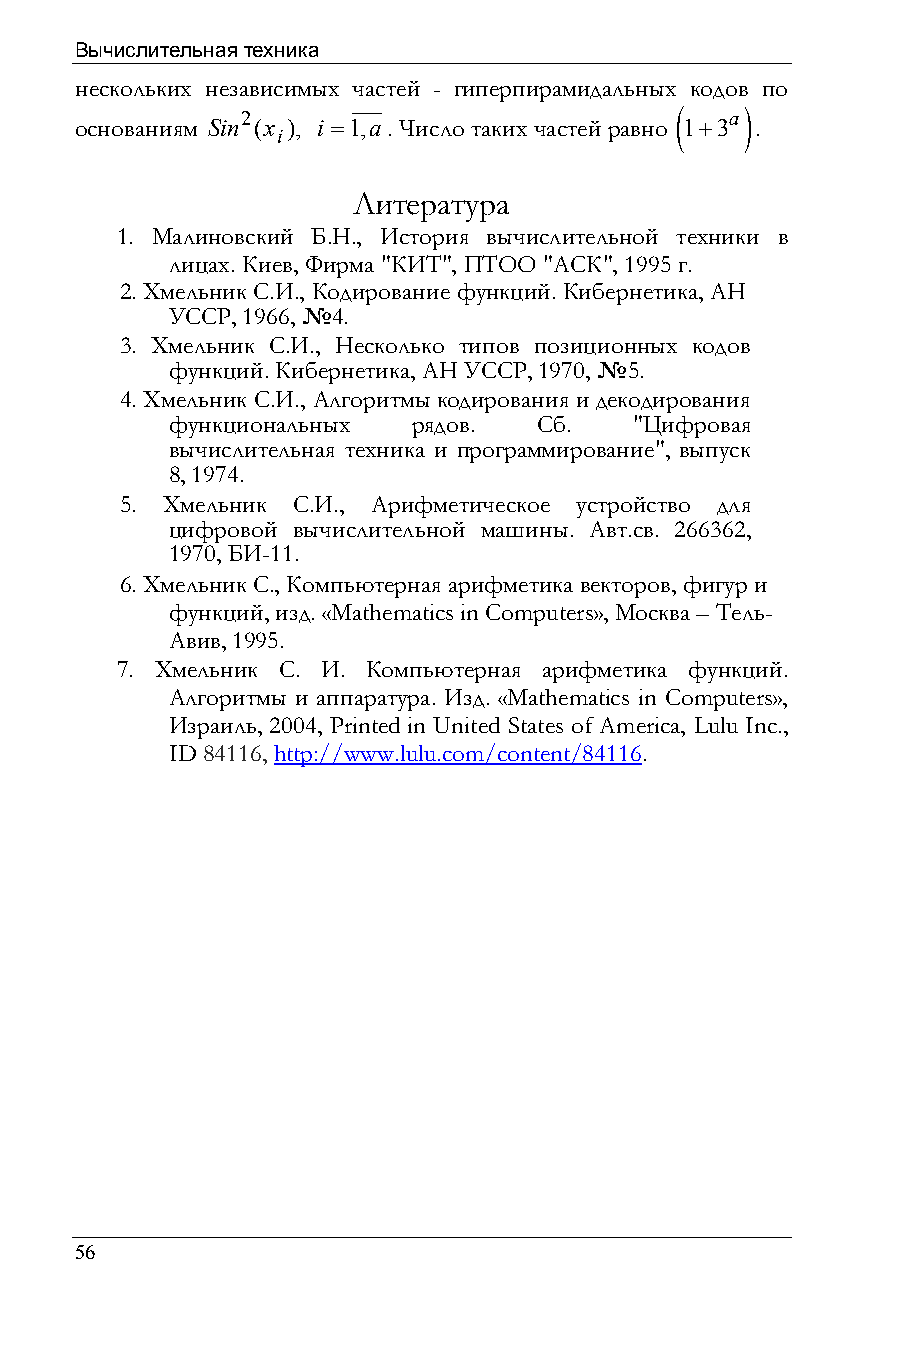
Вычислительная техника
 нескольких независимых частей - гиперпирамидальных кодов по
 (   )
 2                               a
 основаниям Sin (x ), i =1,a. Число таких частей равно 1+3 .
 i
 Литература
 1. Малиновский Б.Н., История вычислительной техники в
 лицах. Киев, Фирма "КИТ", ПТОО "АСК", 1995 г.
 2. Хмельник С.И., Кодирование функций. Кибернетика, АН
 УССР, 1966, №4.
 3. Хмельник С.И., Несколько типов позиционных кодов
 функций. Кибернетика, АН УССР, 1970, №5.
 4. Хмельник С.И., Алгоритмы кодирования и декодирования
 функциональных  рядов.   Сб.   "Цифровая
 вычислительная техника и программирование", выпуск
 8, 1974.
 5. Хмельник С.И., Арифметическое устройство для
 цифровой вычислительной машины. Авт.св. 266362,
 1970, БИ-11.
 6. Хмельник С., Компьютерная арифметика векторов, фигур и
 функций, изд. «Mathematics in Computers», Москва – Тель-
 Авив, 1995.
 7. Хмельник С. И. Компьютерная арифметика функций.
 Алгоритмы и аппаратура. Изд. «Mathematics in Computers»,
 Израиль, 2004, Printed in United States of America, Lulu Inc.,
 ID 84116, http://www.lulu.com/content/84116.
 56